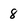
Character: 8